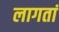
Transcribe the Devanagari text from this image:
लागतां